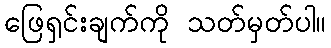
ဖြေရှင်းချက်ကို သတ်မှတ်ပါ။